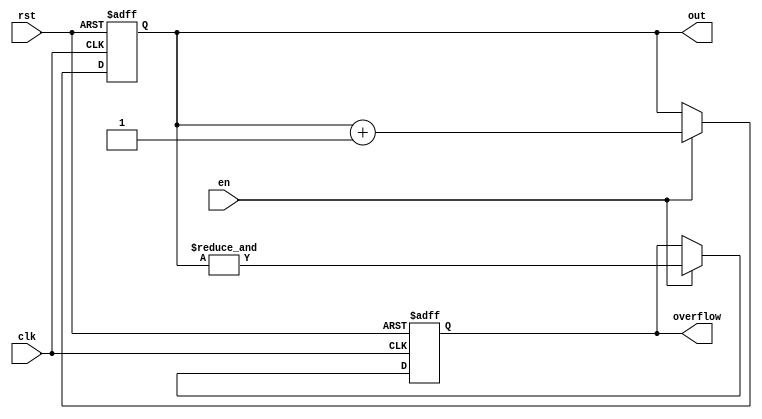
`timescale 1 ns / 100 ps



module counter #(
    //Top level block parameters
    parameter WIDTH = 4
) (
	out,
	clk,
    en,
	rst,
    overflow
);

   

//Output ports
output reg [WIDTH-1:0] out;
output reg          overflow;
   

//Input ports
input clk;
input rst;
input en;
   



always @(posedge clk or posedge rst) begin
  if (rst) begin
    out <= 0;
    overflow <= 0;
  end else if (en) begin
    out <= out + 1;
    //overflow <= (out == 2 ** WIDTH -1);  
    overflow <= &out;
     
  end
end
endmodule // counter



module counter_by2 #(
    //Top level block parameters
    parameter WIDTH = 4
) (
	out,
	clk,
    en,
	rst,
    overflow
);

   

//Output ports
output reg [WIDTH-1:0] out;
output reg          overflow;
   

//Input ports
input clk;
input rst;
input en;
   



always @(posedge clk or posedge rst) begin
  if (rst) begin
    out <= 0;
    overflow <= 0;
  end else if (en) begin
    out <= out + 2;
    //overflow <= (out == 2 ** WIDTH -1);  
    overflow <= (&out[WIDTH-1:1] & !out[0]);
     
  end
end
endmodule // counter_by2






module shift_reg_rotate_4b_full (                         
    clk,
	scan_in,
    wrap_mode,
    en,
    rst,
    shiftreg_out
);


   input    scan_in,wrap_mode,rst,en,clk;
   output  [15:0] shiftreg_out;
   

   reg [15:0]    shiftreg;

   wire          si_int;
   

   always @(posedge clk or posedge rst) begin
     if (rst) begin
       shiftreg <= 0;
     end else if (en) begin
       shiftreg <= {shiftreg[14:0],si_int};
     end
   end
   

   assign si_int = ((~wrap_mode) & (scan_in)) | ((wrap_mode) & (shiftreg[15]));
   assign shiftreg_out = shiftreg;
   

endmodule // shift_reg_rotate_4b_full




////module comparator2 (
////	y,
////	a,
////    b
////);
////
////   output       y;
////   input  [1:0] a,b;
////
////   assign y = (a[1] & ~b[1]) | (a[0] & ~b[1] & ~b[0]) | (a[1] & a[0] & ~b[0]);
////   
////
////endmodule // comparator2


module comp_1b (
	a,
    b,
    equal,
    a_larger
);

   output       equal,a_larger;
   input        a,b;

   assign equal    = (a  & b) | (~a & ~b);
   assign a_larger = (a  & ~b);
   

endmodule // comp_1b


              
module comp_2b (
	a_gt_b,
	a,
    b
);

   output       a_gt_b;
   input  [1:0] a,b;

   wire [1:0]   e,agt;

   comp_1b comp0(.a(a[0]),.b(b[0]),.equal(e[0]),.a_larger(agt[0]));
   comp_1b comp1(.a(a[1]),.b(b[1]),.equal(e[1]),.a_larger(agt[1]));

   assign a_gt_b = agt[1] | (agt[0] & e[1]);
   

endmodule // comp_2b



module comp_4b (
	a_gt_b,
	a,
    b
);

   output       a_gt_b;
   input  [3:0] a,b;

   wire [3:0]   e,agt;

   comp_1b comp0(.a(a[0]),.b(b[0]),.equal(e[0]),.a_larger(agt[0]));
   comp_1b comp1(.a(a[1]),.b(b[1]),.equal(e[1]),.a_larger(agt[1]));
   comp_1b comp2(.a(a[2]),.b(b[2]),.equal(e[2]),.a_larger(agt[2]));
   comp_1b comp3(.a(a[3]),.b(b[3]),.equal(e[3]),.a_larger(agt[3]));

   assign a_gt_b = agt[3] | (agt[2] & e[3]) | (agt[1] & e[3] & e[2]) | (agt[0] & e[3] & e[2] & e[1]);
   

endmodule // comp_4b


module comp_6b (
	a_gt_b,
	a,
    b
);

   output       a_gt_b;
   input  [5:0] a,b;

   wire [5:0]   e,agt;

   wire         e54,e53,e52,e51;
   

   comp_1b comp0(.a(a[0]),.b(b[0]),.equal(e[0]),.a_larger(agt[0]));
   comp_1b comp1(.a(a[1]),.b(b[1]),.equal(e[1]),.a_larger(agt[1]));
   comp_1b comp2(.a(a[2]),.b(b[2]),.equal(e[2]),.a_larger(agt[2]));
   comp_1b comp3(.a(a[3]),.b(b[3]),.equal(e[3]),.a_larger(agt[3]));
   comp_1b comp4(.a(a[4]),.b(b[4]),.equal(e[4]),.a_larger(agt[4]));
   comp_1b comp5(.a(a[5]),.b(b[5]),.equal(e[5]),.a_larger(agt[5]));

   assign e54 = e[5] & e[4];
   assign e53 = e54  & e[3];
   assign e52 = e53  & e[2];
   assign e51 = e52  & e[1];
   
   assign a_gt_b = agt[5] | (agt[4] & e[5]) | (agt[3] & e54) | (agt[2] & e53) | (agt[1] & e52) | (agt[0] & e51);
   

endmodule // comp_6b



module comp_8b (
	a_gt_b,
	a,
    b
);

   output       a_gt_b;
   input  [7:0] a,b;

   wire [7:0]   e,agt;

   wire         e76,e75,e74,e73,e72,e71;
   

   comp_1b comp0(.a(a[0]),.b(b[0]),.equal(e[0]),.a_larger(agt[0]));
   comp_1b comp1(.a(a[1]),.b(b[1]),.equal(e[1]),.a_larger(agt[1]));
   comp_1b comp2(.a(a[2]),.b(b[2]),.equal(e[2]),.a_larger(agt[2]));
   comp_1b comp3(.a(a[3]),.b(b[3]),.equal(e[3]),.a_larger(agt[3]));
   comp_1b comp4(.a(a[4]),.b(b[4]),.equal(e[4]),.a_larger(agt[4]));
   comp_1b comp5(.a(a[5]),.b(b[5]),.equal(e[5]),.a_larger(agt[5]));
   comp_1b comp6(.a(a[6]),.b(b[6]),.equal(e[6]),.a_larger(agt[6]));
   comp_1b comp7(.a(a[7]),.b(b[7]),.equal(e[7]),.a_larger(agt[7]));

   assign e76 = e[7] & e[6];
   assign e75 = e76  & e[5];
   assign e74 = e75  & e[4];
   assign e73 = e74  & e[3];
   assign e72 = e73  & e[2];
   assign e71 = e72  & e[1];
   
   assign a_gt_b = agt[7] | (agt[6] & e[7]) | (agt[5] & e76) | (agt[4] & e75) | (agt[3] & e74) | (agt[2] & e73) | (agt[1] & e72) | (agt[0] & e71);
   

endmodule // comp_8b

module comp_10b (
	a_gt_b,
	a,
    b
);

   output       a_gt_b;
   input  [9:0] a,b;

   wire [9:0]   e,agt;

   wire         e87,e86,e85,e84,e83,e82, e81;
   

   comp_1b comp0(.a(a[0]),.b(b[0]),.equal(e[0]),.a_larger(agt[0]));
   comp_1b comp1(.a(a[1]),.b(b[1]),.equal(e[1]),.a_larger(agt[1]));
   comp_1b comp2(.a(a[2]),.b(b[2]),.equal(e[2]),.a_larger(agt[2]));
   comp_1b comp3(.a(a[3]),.b(b[3]),.equal(e[3]),.a_larger(agt[3]));
   comp_1b comp4(.a(a[4]),.b(b[4]),.equal(e[4]),.a_larger(agt[4]));
   comp_1b comp5(.a(a[5]),.b(b[5]),.equal(e[5]),.a_larger(agt[5]));
   comp_1b comp6(.a(a[6]),.b(b[6]),.equal(e[6]),.a_larger(agt[6]));
   comp_1b comp7(.a(a[7]),.b(b[7]),.equal(e[7]),.a_larger(agt[7]));
   comp_1b comp8(.a(a[8]),.b(b[8]),.equal(e[8]),.a_larger(agt[8]));
   comp_1b comp9(.a(a[9]),.b(b[9]),.equal(e[9]),.a_larger(agt[9]));

   assign e98 = e[9] & e[8];
   assign e97 = e98  & e[7];
   assign e96 = e97  & e[6];
   assign e95 = e96  & e[5];
   assign e94 = e95  & e[4];
   assign e93 = e94  & e[3];
   assign e92 = e93  & e[2];
   assign e91 = e92  & e[1];
   
   
   assign a_gt_b = agt[9] | (agt[8] & e[9]) | (agt[7] & e98) | (agt[6] & e97) | (agt[5] & e96) | (agt[4] & e95) | (agt[3] & e94) | (agt[2] & e93) | (agt[1] & e92) | (agt[0] & e91);
   

endmodule // comp_10b


module prg_4b (
	clk,
    rst,
    en,
    bin_in,
    sn_out,
    ctr_overflow  
);

   input       clk,rst,en;
   input [3:0] bin_in;
   output      sn_out,ctr_overflow;

   wire [3:0]  ctr4_out;
   
   

counter #(
   .WIDTH (4)
) ctr4 (
  .clk(clk),
  .rst(rst),
  .en(en),
  .out(ctr4_out),
  .overflow(ctr_overflow)
);


comp_4b     comp4 (.a(bin_in), .b(ctr4_out), .a_gt_b(sn_out));

endmodule // prg_4b

module prg_6b (
	clk,
    rst,
    en,
    bin_in,
    sn_out,
    ctr_overflow  
);

   input       clk,rst,en;
   input [5:0] bin_in;
   output      sn_out,ctr_overflow;

   wire [5:0]  ctr4_out;
   
   

counter #(
   .WIDTH (6)
) ctr4 (
  .clk(clk),
  .rst(rst),
  .en(en),
  .out(ctr4_out),
  .overflow(ctr_overflow)
);


comp_6b     comp6 (.a(bin_in), .b(ctr4_out), .a_gt_b(sn_out));

endmodule // prg_6b

module prg_8b (
	clk,
    rst,
    en,
    bin_in,
    sn_out,
    ctr_overflow  
);

   input       clk,rst,en;
   input [7:0] bin_in;
   output      sn_out,ctr_overflow;

   wire [7:0]  ctr4_out;
   
   

counter #(
   .WIDTH (8)
) ctr4 (
  .clk(clk),
  .rst(rst),
  .en(en),
  .out(ctr4_out),
  .overflow(ctr_overflow)
);


comp_8b     comp8 (.a(bin_in), .b(ctr4_out), .a_gt_b(sn_out));

endmodule // prg_8b

module prg_10b (
	clk,
    rst,
    en,
    bin_in,
    sn_out,
    ctr_overflow  
);

   input       clk,rst,en;
   input [9:0] bin_in;
   output      sn_out,ctr_overflow;

   wire [9:0]  ctr4_out;
   
   

counter #(
   .WIDTH (10)
) ctr4 (
  .clk(clk),
  .rst(rst),
  .en(en),
  .out(ctr4_out),
  .overflow(ctr_overflow)
);


comp_10b     comp10 (.a(bin_in), .b(ctr4_out), .a_gt_b(sn_out));

endmodule // prg_10b



module prg_4b_dual (
	clk,
    rst,
    en,
    bin_in_a,
    bin_in_b,
    sn_out_a,
    sn_out_b,                
    ctr_overflow  
);

   input       clk,rst,en;
   input [3:0] bin_in_a,bin_in_b;
   output      sn_out_a,sn_out_b,ctr_overflow;

   wire [3:0]  ctr4_out;
   
   

counter #(
   .WIDTH (4)
) ctr4 (
  .clk(clk),
  .rst(rst),
  .en(en),
  .out(ctr4_out),
  .overflow(ctr_overflow)
);


comp_4b     comp4_a (.a(bin_in_a), .b(ctr4_out), .a_gt_b(sn_out_a));
comp_4b     comp4_b (.a(bin_in_b), .b(ctr4_out), .a_gt_b(sn_out_b));
   

endmodule // prg_4b_dual

module prg_4b_trip (
	clk,
    rst,
    en,
    bin_in_a,
    bin_in_b,
    bin_in_c,                
    sn_out_a,
    sn_out_b, 
    sn_out_c,               
    ctr_overflow  
);

   input       clk,rst,en;
   input [3:0] bin_in_a,bin_in_b,bin_in_c;
   output      sn_out_a,sn_out_b,sn_out_c,ctr_overflow;

   wire [3:0]  ctr4_out;
   
   

counter #(
   .WIDTH (4)
) ctr4 (
  .clk(clk),
  .rst(rst),
  .en(en),
  .out(ctr4_out),
  .overflow(ctr_overflow)
);


comp_4b     comp4_a (.a(bin_in_a), .b(ctr4_out), .a_gt_b(sn_out_a));
comp_4b     comp4_b (.a(bin_in_b), .b(ctr4_out), .a_gt_b(sn_out_b));
comp_4b     comp4_c (.a(bin_in_c), .b(ctr4_out), .a_gt_b(sn_out_c));
   
   

endmodule // prg_4b_trip

module prg_4b_quad (
	clk,
    rst,
    en,
    bin_in_a,
    bin_in_b,
    bin_in_c, 
    bin_in_d,
    sn_out_a,
    sn_out_b, 
    sn_out_c,  
    sn_out_d,             
    ctr_overflow  
);

   input       clk,rst,en;
   input [3:0] bin_in_a,bin_in_b,bin_in_c,bin_in_d;
   output      sn_out_a,sn_out_b,sn_out_c,sn_out_d,ctr_overflow;

   wire [3:0]  ctr4_out;
   
   

counter #(
   .WIDTH (4)
) ctr4 (
  .clk(clk),
  .rst(rst),
  .en(en),
  .out(ctr4_out),
  .overflow(ctr_overflow)
);


comp_4b     comp4_a (.a(bin_in_a), .b(ctr4_out), .a_gt_b(sn_out_a));
comp_4b     comp4_b (.a(bin_in_b), .b(ctr4_out), .a_gt_b(sn_out_b));
comp_4b     comp4_c (.a(bin_in_c), .b(ctr4_out), .a_gt_b(sn_out_c));
comp_4b     comp4_d (.a(bin_in_d), .b(ctr4_out), .a_gt_b(sn_out_d));
   
   

endmodule // prg_4b_quad

module prg_6b_quad (
	clk,
    rst,
    en,
    bin_in_a,
    bin_in_b,
    bin_in_c, 
    bin_in_d,
    sn_out_a,
    sn_out_b, 
    sn_out_c,  
    sn_out_d,             
    ctr_overflow  
);

   input       clk,rst,en;
   input [5:0] bin_in_a,bin_in_b,bin_in_c,bin_in_d;
   output      sn_out_a,sn_out_b,sn_out_c,sn_out_d,ctr_overflow;

   wire [5:0]  ctr4_out;
   
   

counter #(
   .WIDTH (6)
) ctr4 (
  .clk(clk),
  .rst(rst),
  .en(en),
  .out(ctr4_out),
  .overflow(ctr_overflow)
);


comp_6b     comp6_a (.a(bin_in_a), .b(ctr4_out), .a_gt_b(sn_out_a));
comp_6b     comp6_b (.a(bin_in_b), .b(ctr4_out), .a_gt_b(sn_out_b));
comp_6b     comp6_c (.a(bin_in_c), .b(ctr4_out), .a_gt_b(sn_out_c));
comp_6b     comp6_d (.a(bin_in_d), .b(ctr4_out), .a_gt_b(sn_out_d));
   
   

endmodule // prg_6b_quad


module prg_8b_quad (
	clk,
    rst,
    en,
    bin_in_a,
    bin_in_b,
    bin_in_c, 
    bin_in_d,
    sn_out_a,
    sn_out_b, 
    sn_out_c,  
    sn_out_d,             
    ctr_overflow  
);

   input       clk,rst,en;
   input [7:0] bin_in_a,bin_in_b,bin_in_c,bin_in_d;
   output      sn_out_a,sn_out_b,sn_out_c,sn_out_d,ctr_overflow;

   wire [7:0]  ctr4_out;
   
   

counter #(
   .WIDTH (8)
) ctr4 (
  .clk(clk),
  .rst(rst),
  .en(en),
  .out(ctr4_out),
  .overflow(ctr_overflow)
);


comp_8b     comp8_a (.a(bin_in_a), .b(ctr4_out), .a_gt_b(sn_out_a));
comp_8b     comp8_b (.a(bin_in_b), .b(ctr4_out), .a_gt_b(sn_out_b));
comp_8b     comp8_c (.a(bin_in_c), .b(ctr4_out), .a_gt_b(sn_out_c));
comp_8b     comp8_d (.a(bin_in_d), .b(ctr4_out), .a_gt_b(sn_out_d));
   
   

endmodule // prg_8b_quad


module prg_10b_quad (
	clk,
    rst,
    en,
    bin_in_a,
    bin_in_b,
    bin_in_c, 
    bin_in_d,
    sn_out_a,
    sn_out_b, 
    sn_out_c,  
    sn_out_d,             
    ctr_overflow  
);

   input       clk,rst,en;
   input [9:0] bin_in_a,bin_in_b,bin_in_c,bin_in_d;
   output      sn_out_a,sn_out_b,sn_out_c,sn_out_d,ctr_overflow;

   wire [9:0]  ctr4_out;
   
   

counter #(
   .WIDTH (10)
) ctr4 (
  .clk(clk),
  .rst(rst),
  .en(en),
  .out(ctr4_out),
  .overflow(ctr_overflow)
);


comp_10b     comp10_a (.a(bin_in_a), .b(ctr4_out), .a_gt_b(sn_out_a));
comp_10b     comp10_b (.a(bin_in_b), .b(ctr4_out), .a_gt_b(sn_out_b));
comp_10b     comp10_c (.a(bin_in_c), .b(ctr4_out), .a_gt_b(sn_out_c));
comp_10b     comp10_d (.a(bin_in_d), .b(ctr4_out), .a_gt_b(sn_out_d));
   
   

endmodule // prg_10b_quad


module prg_6b_trip (
	clk,
    rst,
    en,
    bin_in_a,
    bin_in_b,
    bin_in_c,                
    sn_out_a,
    sn_out_b, 
    sn_out_c,               
    ctr_overflow  
);

   input       clk,rst,en;
   input [5:0] bin_in_a,bin_in_b,bin_in_c;
   output      sn_out_a,sn_out_b,sn_out_c,ctr_overflow;

   wire [5:0]  ctr4_out;
   
   

counter #(
   .WIDTH (6)
) ctr4 (
  .clk(clk),
  .rst(rst),
  .en(en),
  .out(ctr4_out),
  .overflow(ctr_overflow)
);


comp_6b     comp6_a (.a(bin_in_a), .b(ctr4_out), .a_gt_b(sn_out_a));
comp_6b     comp6_b (.a(bin_in_b), .b(ctr4_out), .a_gt_b(sn_out_b));
comp_6b     comp6_c (.a(bin_in_c), .b(ctr4_out), .a_gt_b(sn_out_c));
   
   

endmodule // prg_6b_trip

module prg_8b_trip (
	clk,
    rst,
    en,
    bin_in_a,
    bin_in_b,
    bin_in_c,                
    sn_out_a,
    sn_out_b, 
    sn_out_c,               
    ctr_overflow  
);

   input       clk,rst,en;
   input [7:0] bin_in_a,bin_in_b,bin_in_c;
   output      sn_out_a,sn_out_b,sn_out_c,ctr_overflow;

   wire [7:0]  ctr4_out;
   
   

counter #(
   .WIDTH (8)
) ctr4 (
  .clk(clk),
  .rst(rst),
  .en(en),
  .out(ctr4_out),
  .overflow(ctr_overflow)
);


comp_8b     comp8_a (.a(bin_in_a), .b(ctr4_out), .a_gt_b(sn_out_a));
comp_8b     comp8_b (.a(bin_in_b), .b(ctr4_out), .a_gt_b(sn_out_b));
comp_8b     comp8_c (.a(bin_in_c), .b(ctr4_out), .a_gt_b(sn_out_c));
   
   

endmodule // prg_8b_trip

module prg_10b_trip (
	clk,
    rst,
    en,
    bin_in_a,
    bin_in_b,
    bin_in_c,                
    sn_out_a,
    sn_out_b, 
    sn_out_c,               
    ctr_overflow  
);

   input       clk,rst,en;
   input [9:0] bin_in_a,bin_in_b,bin_in_c;
   output      sn_out_a,sn_out_b,sn_out_c,ctr_overflow;

   wire [9:0]  ctr4_out;
   
   

counter #(
   .WIDTH (10)
) ctr4 (
  .clk(clk),
  .rst(rst),
  .en(en),
  .out(ctr4_out),
  .overflow(ctr_overflow)
);


comp_10b     comp10_a (.a(bin_in_a), .b(ctr4_out), .a_gt_b(sn_out_a));
comp_10b     comp10_b (.a(bin_in_b), .b(ctr4_out), .a_gt_b(sn_out_b));
comp_10b     comp10_c (.a(bin_in_c), .b(ctr4_out), .a_gt_b(sn_out_c));
   
   

endmodule // prg_10b_trip



module prg_6b_dual (
	clk,
    rst,
    en,
    bin_in_a,
    bin_in_b,
    sn_out_a,
    sn_out_b,                
    ctr_overflow  
);

   input       clk,rst,en;
   input [5:0] bin_in_a,bin_in_b;
   output      sn_out_a,sn_out_b,ctr_overflow;

   wire [5:0]  ctr4_out;
   
   

counter #(
   .WIDTH (6)
) ctr4 (
  .clk(clk),
  .rst(rst),
  .en(en),
  .out(ctr4_out),
  .overflow(ctr_overflow)
);


comp_6b     comp6_a (.a(bin_in_a), .b(ctr4_out), .a_gt_b(sn_out_a));
comp_6b     comp6_b (.a(bin_in_b), .b(ctr4_out), .a_gt_b(sn_out_b));
   

endmodule // prg_6b_dual

module prg_8b_dual (
	clk,
    rst,
    en,
    bin_in_a,
    bin_in_b,
    sn_out_a,
    sn_out_b,                
    ctr_overflow  
);

   input       clk,rst,en;
   input [7:0] bin_in_a,bin_in_b;
   output      sn_out_a,sn_out_b,ctr_overflow;

   wire [7:0]  ctr4_out;
   
   

counter #(
   .WIDTH (8)
) ctr4 (
  .clk(clk),
  .rst(rst),
  .en(en),
  .out(ctr4_out),
  .overflow(ctr_overflow)
);


comp_8b     comp8_a (.a(bin_in_a), .b(ctr4_out), .a_gt_b(sn_out_a));
comp_8b     comp8_b (.a(bin_in_b), .b(ctr4_out), .a_gt_b(sn_out_b));
   

endmodule // prg_8b_dual

module prg_10b_dual (
	clk,
    rst,
    en,
    bin_in_a,
    bin_in_b,
    sn_out_a,
    sn_out_b,                
    ctr_overflow  
);

   input       clk,rst,en;
   input [9:0] bin_in_a,bin_in_b;
   output      sn_out_a,sn_out_b,ctr_overflow;

   wire [9:0]  ctr4_out;
   
   

counter #(
   .WIDTH (10)
) ctr4 (
  .clk(clk),
  .rst(rst),
  .en(en),
  .out(ctr4_out),
  .overflow(ctr_overflow)
);


comp_10b     comp10_a (.a(bin_in_a), .b(ctr4_out), .a_gt_b(sn_out_a));
comp_10b     comp10_b (.a(bin_in_b), .b(ctr4_out), .a_gt_b(sn_out_b));
   

endmodule // prg_10b_dual



module prg_4b_max (
	clk,
    rst,
    en,
    bin_in_a,
    bin_in_b,
    sn_out,
    ctr_overflow  
);

   input       clk,rst,en;
   input [3:0] bin_in_a,bin_in_b;
   output      sn_out,ctr_overflow;

   wire        sn_out_a,sn_out_b;
   
   
   



prg_4b_dual     prg_ab (.clk(clk),.rst(rst),.en(en), 
                        .bin_in_a(bin_in_a),
                        .bin_in_b(bin_in_b),
                        .sn_out_a(sn_out_a),
                        .sn_out_b(sn_out_b),
                        .ctr_overflow(ctr_overflow));
   
dsc_max       max_gate (.a(sn_out_a), .b(sn_out_b), .y(sn_out));
   
  
endmodule // prg_4b_max

module prg_4b_3in_max (
	clk,
    rst,
    en,
    bin_in_a,
    bin_in_b,
    bin_in_c,                   
    sn_out,
    ctr_overflow  
);

   input       clk,rst,en;
   input [3:0] bin_in_a,bin_in_b,bin_in_c;
   output      sn_out,ctr_overflow;

   wire        sn_out_a,sn_out_b,sn_out_c;
   
   
   



prg_4b_trip     prg_ab (.clk(clk),.rst(rst),.en(en), 
                        .bin_in_a(bin_in_a),
                        .bin_in_b(bin_in_b),
                        .bin_in_c(bin_in_c),
                        .sn_out_a(sn_out_a),
                        .sn_out_b(sn_out_b),
                        .sn_out_c(sn_out_c),
                        .ctr_overflow(ctr_overflow));
   
//dsc_max       max_gate (.a(sn_out_a), .b(sn_out_b), .y(sn_out));
   assign sn_out = sn_out_a | sn_out_b | sn_out_c;
   
   
  
endmodule // prg_4b_3in_max

module prg_4b_4in_max (
	clk,
    rst,
    en,
    bin_in_a,
    bin_in_b,
    bin_in_c,
    bin_in_d,
    sn_out,
    ctr_overflow  
);

   input       clk,rst,en;
   input [3:0] bin_in_a,bin_in_b,bin_in_c,bin_in_d;
   output      sn_out,ctr_overflow;

   wire        sn_out_a,sn_out_b,sn_out_c,sn_out_d;
   
   
   



prg_4b_quad     prg_ab (.clk(clk),.rst(rst),.en(en), 
                        .bin_in_a(bin_in_a),
                        .bin_in_b(bin_in_b),
                        .bin_in_c(bin_in_c),
                        .bin_in_d(bin_in_d),
                        .sn_out_a(sn_out_a),
                        .sn_out_b(sn_out_b),
                        .sn_out_c(sn_out_c),
                        .sn_out_d(sn_out_d),
                        .ctr_overflow(ctr_overflow));
   
//dsc_max       max_gate (.a(sn_out_a), .b(sn_out_b), .y(sn_out));
   assign sn_out = sn_out_a | sn_out_b | sn_out_c | sn_out_d;
   
   
  
endmodule // prg_4b_4in_max


module prg_6b_4in_max (
	clk,
    rst,
    en,
    bin_in_a,
    bin_in_b,
    bin_in_c,
    bin_in_d,
    sn_out,
    ctr_overflow  
);

   input       clk,rst,en;
   input [5:0] bin_in_a,bin_in_b,bin_in_c,bin_in_d;
   output      sn_out,ctr_overflow;

   wire        sn_out_a,sn_out_b,sn_out_c,sn_out_d;
   
   
   



prg_6b_quad     prg_ab (.clk(clk),.rst(rst),.en(en), 
                        .bin_in_a(bin_in_a),
                        .bin_in_b(bin_in_b),
                        .bin_in_c(bin_in_c),
                        .bin_in_d(bin_in_d),
                        .sn_out_a(sn_out_a),
                        .sn_out_b(sn_out_b),
                        .sn_out_c(sn_out_c),
                        .sn_out_d(sn_out_d),
                        .ctr_overflow(ctr_overflow));
   
//dsc_max       max_gate (.a(sn_out_a), .b(sn_out_b), .y(sn_out));
   assign sn_out = sn_out_a | sn_out_b | sn_out_c | sn_out_d;
   
   
  
endmodule // prg_6b_4in_max

module prg_8b_4in_max (
	clk,
    rst,
    en,
    bin_in_a,
    bin_in_b,
    bin_in_c,
    bin_in_d,
    sn_out,
    ctr_overflow  
);

   input       clk,rst,en;
   input [7:0] bin_in_a,bin_in_b,bin_in_c,bin_in_d;
   output      sn_out,ctr_overflow;

   wire        sn_out_a,sn_out_b,sn_out_c,sn_out_d;
   
   
   



prg_8b_quad     prg_ab (.clk(clk),.rst(rst),.en(en), 
                        .bin_in_a(bin_in_a),
                        .bin_in_b(bin_in_b),
                        .bin_in_c(bin_in_c),
                        .bin_in_d(bin_in_d),
                        .sn_out_a(sn_out_a),
                        .sn_out_b(sn_out_b),
                        .sn_out_c(sn_out_c),
                        .sn_out_d(sn_out_d),
                        .ctr_overflow(ctr_overflow));
   
//dsc_max       max_gate (.a(sn_out_a), .b(sn_out_b), .y(sn_out));
   assign sn_out = sn_out_a | sn_out_b | sn_out_c | sn_out_d;
   
   
  
endmodule // prg_8b_4in_max

module prg_10b_4in_max (
	clk,
    rst,
    en,
    bin_in_a,
    bin_in_b,
    bin_in_c,
    bin_in_d,
    sn_out,
    ctr_overflow  
);

   input       clk,rst,en;
   input [9:0] bin_in_a,bin_in_b,bin_in_c,bin_in_d;
   output      sn_out,ctr_overflow;

   wire        sn_out_a,sn_out_b,sn_out_c,sn_out_d;
   
   
   



prg_10b_quad     prg_ab (.clk(clk),.rst(rst),.en(en), 
                        .bin_in_a(bin_in_a),
                        .bin_in_b(bin_in_b),
                        .bin_in_c(bin_in_c),
                        .bin_in_d(bin_in_d),
                        .sn_out_a(sn_out_a),
                        .sn_out_b(sn_out_b),
                        .sn_out_c(sn_out_c),
                        .sn_out_d(sn_out_d),
                        .ctr_overflow(ctr_overflow));
   
//dsc_max       max_gate (.a(sn_out_a), .b(sn_out_b), .y(sn_out));
   assign sn_out = sn_out_a | sn_out_b | sn_out_c | sn_out_d;
   
   
  
endmodule // prg_10b_4in_max


module prg_6b_3in_max (
	clk,
    rst,
    en,
    bin_in_a,
    bin_in_b,
    bin_in_c,                   
    sn_out,
    ctr_overflow  
);

   input       clk,rst,en;
   input [5:0] bin_in_a,bin_in_b,bin_in_c;
   output      sn_out,ctr_overflow;

   wire        sn_out_a,sn_out_b,sn_out_c;
   
   
   



prg_6b_trip     prg_ab (.clk(clk),.rst(rst),.en(en), 
                        .bin_in_a(bin_in_a),
                        .bin_in_b(bin_in_b),
                        .bin_in_c(bin_in_c),
                        .sn_out_a(sn_out_a),
                        .sn_out_b(sn_out_b),
                        .sn_out_c(sn_out_c),
                        .ctr_overflow(ctr_overflow));
   
//dsc_max       max_gate (.a(sn_out_a), .b(sn_out_b), .y(sn_out));
   assign sn_out = sn_out_a | sn_out_b | sn_out_c;
   
   
  
endmodule // prg_6b_3in_max

module prg_8b_3in_max (
	clk,
    rst,
    en,
    bin_in_a,
    bin_in_b,
    bin_in_c,                   
    sn_out,
    ctr_overflow  
);

   input       clk,rst,en;
   input [7:0] bin_in_a,bin_in_b,bin_in_c;
   output      sn_out,ctr_overflow;

   wire        sn_out_a,sn_out_b,sn_out_c;
   
   
   



prg_8b_trip     prg_ab (.clk(clk),.rst(rst),.en(en), 
                        .bin_in_a(bin_in_a),
                        .bin_in_b(bin_in_b),
                        .bin_in_c(bin_in_c),
                        .sn_out_a(sn_out_a),
                        .sn_out_b(sn_out_b),
                        .sn_out_c(sn_out_c),
                        .ctr_overflow(ctr_overflow));
   
//dsc_max       max_gate (.a(sn_out_a), .b(sn_out_b), .y(sn_out));
   assign sn_out = sn_out_a | sn_out_b | sn_out_c;
   
   
  
endmodule // prg_8b_3in_max

module prg_10b_3in_max (
	clk,
    rst,
    en,
    bin_in_a,
    bin_in_b,
    bin_in_c,                   
    sn_out,
    ctr_overflow  
);

   input       clk,rst,en;
   input [9:0] bin_in_a,bin_in_b,bin_in_c;
   output      sn_out,ctr_overflow;

   wire        sn_out_a,sn_out_b,sn_out_c;
   
   
   



prg_10b_trip     prg_ab (.clk(clk),.rst(rst),.en(en), 
                        .bin_in_a(bin_in_a),
                        .bin_in_b(bin_in_b),
                        .bin_in_c(bin_in_c),
                        .sn_out_a(sn_out_a),
                        .sn_out_b(sn_out_b),
                        .sn_out_c(sn_out_c),
                        .ctr_overflow(ctr_overflow));
   
//dsc_max       max_gate (.a(sn_out_a), .b(sn_out_b), .y(sn_out));
   assign sn_out = sn_out_a | sn_out_b | sn_out_c;
   
   
  
endmodule // prg_10b_3in_max


module prg_6b_max (
	clk,
    rst,
    en,
    bin_in_a,
    bin_in_b,
    sn_out,
    ctr_overflow  
);

   input       clk,rst,en;
   input [5:0] bin_in_a,bin_in_b;
   output      sn_out,ctr_overflow;

   wire        sn_out_a,sn_out_b;
   
   
   



prg_6b_dual     prg_ab (.clk(clk),.rst(rst),.en(en), 
                        .bin_in_a(bin_in_a),
                        .bin_in_b(bin_in_b),
                        .sn_out_a(sn_out_a),
                        .sn_out_b(sn_out_b),
                        .ctr_overflow(ctr_overflow));
   
//dsc_max       max_gate (.a(sn_out_a), .b(sn_out_b), .y(sn_out));
   assign sn_out = sn_out_a | sn_out_b;
   
   
  
endmodule // prg_6b_max

module prg_8b_max (
	clk,
    rst,
    en,
    bin_in_a,
    bin_in_b,
    sn_out,
    ctr_overflow  
);

   input       clk,rst,en;
   input [7:0] bin_in_a,bin_in_b;
   output      sn_out,ctr_overflow;

   wire        sn_out_a,sn_out_b;
   
   
   



prg_8b_dual     prg_ab (.clk(clk),.rst(rst),.en(en), 
                        .bin_in_a(bin_in_a),
                        .bin_in_b(bin_in_b),
                        .sn_out_a(sn_out_a),
                        .sn_out_b(sn_out_b),
                        .ctr_overflow(ctr_overflow));
   
//dsc_max       max_gate (.a(sn_out_a), .b(sn_out_b), .y(sn_out));
   assign sn_out = sn_out_a | sn_out_b;
   
   
  
endmodule // prg_8b_max

module prg_10b_max (
	clk,
    rst,
    en,
    bin_in_a,
    bin_in_b,
    sn_out,
    ctr_overflow  
);

   input       clk,rst,en;
   input [9:0] bin_in_a,bin_in_b;
   output      sn_out,ctr_overflow;

   wire        sn_out_a,sn_out_b;
   
   
   



prg_10b_dual     prg_ab (.clk(clk),.rst(rst),.en(en), 
                        .bin_in_a(bin_in_a),
                        .bin_in_b(bin_in_b),
                        .sn_out_a(sn_out_a),
                        .sn_out_b(sn_out_b),
                        .ctr_overflow(ctr_overflow));
   
//dsc_max       max_gate (.a(sn_out_a), .b(sn_out_b), .y(sn_out));
   assign sn_out = sn_out_a | sn_out_b;
   
   
  
endmodule // prg_10b_max


module prg_4b_min (
	clk,
    rst,
    en,
    bin_in_a,
    bin_in_b,
    sn_out,
    ctr_overflow  
);

   input       clk,rst,en;
   input [3:0] bin_in_a,bin_in_b;
   output      sn_out,ctr_overflow;

   wire        sn_out_a,sn_out_b;
   
   
   



prg_4b_dual     prg_ab (.clk(clk),.rst(rst),.en(en), 
                        .bin_in_a(bin_in_a),
                        .bin_in_b(bin_in_b),
                        .sn_out_a(sn_out_a),
                        .sn_out_b(sn_out_b),
                        .ctr_overflow(ctr_overflow));
   
dsc_min       min_gate (.a(sn_out_a), .b(sn_out_b), .y(sn_out));
   
   

endmodule // prg_4b_min

module prg_4b_3in_min (
	clk,
    rst,
    en,
    bin_in_a,
    bin_in_b,
    bin_in_c,                   
    sn_out,
    ctr_overflow  
);

   input       clk,rst,en;
   input [3:0] bin_in_a,bin_in_b,bin_in_c;
   output      sn_out,ctr_overflow;

   wire        sn_out_a,sn_out_b,sn_out_c;
   
   
   



prg_4b_trip     prg_ab (.clk(clk),.rst(rst),.en(en), 
                        .bin_in_a(bin_in_a),
                        .bin_in_b(bin_in_b),
                        .bin_in_c(bin_in_c),
                        .sn_out_a(sn_out_a),
                        .sn_out_b(sn_out_b),
                        .sn_out_c(sn_out_c),
                        .ctr_overflow(ctr_overflow));
   
//dsc_max       max_gate (.a(sn_out_a), .b(sn_out_b), .y(sn_out));
   assign sn_out = sn_out_a & sn_out_b & sn_out_c;
   
   
  
endmodule // prg_4b_3in_min


module prg_4b_4in_min (
	clk,
    rst,
    en,
    bin_in_a,
    bin_in_b,
    bin_in_c,
    bin_in_d,
    sn_out,
    ctr_overflow  
);

   input       clk,rst,en;
   input [3:0] bin_in_a,bin_in_b,bin_in_c,bin_in_d;
   output      sn_out,ctr_overflow;

   wire        sn_out_a,sn_out_b,sn_out_c,sn_out_d;
   
   
   



prg_4b_quad     prg_ab (.clk(clk),.rst(rst),.en(en), 
                        .bin_in_a(bin_in_a),
                        .bin_in_b(bin_in_b),
                        .bin_in_c(bin_in_c),
                        .bin_in_d(bin_in_d),
                        .sn_out_a(sn_out_a),
                        .sn_out_b(sn_out_b),
                        .sn_out_c(sn_out_c),
                        .sn_out_d(sn_out_d),
                        .ctr_overflow(ctr_overflow));
   
//dsc_max       max_gate (.a(sn_out_a), .b(sn_out_b), .y(sn_out));
   assign sn_out = sn_out_a & sn_out_b & sn_out_c & sn_out_d;
   
   
  
endmodule // prg_4b_4in_min

module prg_6b_4in_min (
	clk,
    rst,
    en,
    bin_in_a,
    bin_in_b,
    bin_in_c,
    bin_in_d,
    sn_out,
    ctr_overflow  
);

   input       clk,rst,en;
   input [5:0] bin_in_a,bin_in_b,bin_in_c,bin_in_d;
   output      sn_out,ctr_overflow;

   wire        sn_out_a,sn_out_b,sn_out_c,sn_out_d;
   
   
   



prg_6b_quad     prg_ab (.clk(clk),.rst(rst),.en(en), 
                        .bin_in_a(bin_in_a),
                        .bin_in_b(bin_in_b),
                        .bin_in_c(bin_in_c),
                        .bin_in_d(bin_in_d),
                        .sn_out_a(sn_out_a),
                        .sn_out_b(sn_out_b),
                        .sn_out_c(sn_out_c),
                        .sn_out_d(sn_out_d),
                        .ctr_overflow(ctr_overflow));
   
//dsc_max       max_gate (.a(sn_out_a), .b(sn_out_b), .y(sn_out));
   assign sn_out = sn_out_a & sn_out_b & sn_out_c & sn_out_d;
   
   
  
endmodule // prg_6b_4in_min

module prg_8b_4in_min (
	clk,
    rst,
    en,
    bin_in_a,
    bin_in_b,
    bin_in_c,
    bin_in_d,
    sn_out,
    ctr_overflow  
);

   input       clk,rst,en;
   input [7:0] bin_in_a,bin_in_b,bin_in_c,bin_in_d;
   output      sn_out,ctr_overflow;

   wire        sn_out_a,sn_out_b,sn_out_c,sn_out_d;
   
   
   



prg_8b_quad     prg_ab (.clk(clk),.rst(rst),.en(en), 
                        .bin_in_a(bin_in_a),
                        .bin_in_b(bin_in_b),
                        .bin_in_c(bin_in_c),
                        .bin_in_d(bin_in_d),
                        .sn_out_a(sn_out_a),
                        .sn_out_b(sn_out_b),
                        .sn_out_c(sn_out_c),
                        .sn_out_d(sn_out_d),
                        .ctr_overflow(ctr_overflow));
   
//dsc_max       max_gate (.a(sn_out_a), .b(sn_out_b), .y(sn_out));
   assign sn_out = sn_out_a & sn_out_b & sn_out_c & sn_out_d;
   
   
  
endmodule // prg_8b_4in_min

module prg_10b_4in_min (
	clk,
    rst,
    en,
    bin_in_a,
    bin_in_b,
    bin_in_c,
    bin_in_d,
    sn_out,
    ctr_overflow  
);

   input       clk,rst,en;
   input [9:0] bin_in_a,bin_in_b,bin_in_c,bin_in_d;
   output      sn_out,ctr_overflow;

   wire        sn_out_a,sn_out_b,sn_out_c,sn_out_d;
   
   
   



prg_10b_quad     prg_ab (.clk(clk),.rst(rst),.en(en), 
                        .bin_in_a(bin_in_a),
                        .bin_in_b(bin_in_b),
                        .bin_in_c(bin_in_c),
                        .bin_in_d(bin_in_d),
                        .sn_out_a(sn_out_a),
                        .sn_out_b(sn_out_b),
                        .sn_out_c(sn_out_c),
                        .sn_out_d(sn_out_d),
                        .ctr_overflow(ctr_overflow));
   
//dsc_max       max_gate (.a(sn_out_a), .b(sn_out_b), .y(sn_out));
   assign sn_out = sn_out_a & sn_out_b & sn_out_c & sn_out_d;
   
   
  
endmodule // prg_10b_4in_min


module prg_6b_3in_min (
	clk,
    rst,
    en,
    bin_in_a,
    bin_in_b,
    bin_in_c,                   
    sn_out,
    ctr_overflow  
);

   input       clk,rst,en;
   input [5:0] bin_in_a,bin_in_b,bin_in_c;
   output      sn_out,ctr_overflow;

   wire        sn_out_a,sn_out_b,sn_out_c;
   
   
   



prg_6b_trip     prg_ab (.clk(clk),.rst(rst),.en(en), 
                        .bin_in_a(bin_in_a),
                        .bin_in_b(bin_in_b),
                        .bin_in_c(bin_in_c),
                        .sn_out_a(sn_out_a),
                        .sn_out_b(sn_out_b),
                        .sn_out_c(sn_out_c),
                        .ctr_overflow(ctr_overflow));
   
//dsc_max       max_gate (.a(sn_out_a), .b(sn_out_b), .y(sn_out));
   assign sn_out = sn_out_a & sn_out_b & sn_out_c;
   
   
  
endmodule // prg_6b_3in_min

module prg_8b_3in_min (
	clk,
    rst,
    en,
    bin_in_a,
    bin_in_b,
    bin_in_c,                   
    sn_out,
    ctr_overflow  
);

   input       clk,rst,en;
   input [7:0] bin_in_a,bin_in_b,bin_in_c;
   output      sn_out,ctr_overflow;

   wire        sn_out_a,sn_out_b,sn_out_c;
   
   
   



prg_8b_trip     prg_ab (.clk(clk),.rst(rst),.en(en), 
                        .bin_in_a(bin_in_a),
                        .bin_in_b(bin_in_b),
                        .bin_in_c(bin_in_c),
                        .sn_out_a(sn_out_a),
                        .sn_out_b(sn_out_b),
                        .sn_out_c(sn_out_c),
                        .ctr_overflow(ctr_overflow));
   
//dsc_max       max_gate (.a(sn_out_a), .b(sn_out_b), .y(sn_out));
   assign sn_out = sn_out_a & sn_out_b & sn_out_c;
   
   
  
endmodule // prg_8b_3in_min

module prg_10b_3in_min (
	clk,
    rst,
    en,
    bin_in_a,
    bin_in_b,
    bin_in_c,                   
    sn_out,
    ctr_overflow  
);

   input       clk,rst,en;
   input [9:0] bin_in_a,bin_in_b,bin_in_c;
   output      sn_out,ctr_overflow;

   wire        sn_out_a,sn_out_b,sn_out_c;
   
   
   



prg_10b_trip     prg_ab (.clk(clk),.rst(rst),.en(en), 
                        .bin_in_a(bin_in_a),
                        .bin_in_b(bin_in_b),
                        .bin_in_c(bin_in_c),
                        .sn_out_a(sn_out_a),
                        .sn_out_b(sn_out_b),
                        .sn_out_c(sn_out_c),
                        .ctr_overflow(ctr_overflow));
   
//dsc_max       max_gate (.a(sn_out_a), .b(sn_out_b), .y(sn_out));
   assign sn_out = sn_out_a & sn_out_b & sn_out_c;
   
   
  
endmodule // prg_10b_3in_min


module prg_4b_3in_mid (
	clk,
    rst,
    en,
    bin_in_a,
    bin_in_b,
    bin_in_c,                   
    sn_out,
    ctr_overflow  
);

   input       clk,rst,en;
   input [3:0] bin_in_a,bin_in_b,bin_in_c;
   output      sn_out,ctr_overflow;

   wire        sn_out_a,sn_out_b,sn_out_c;
   
   
   



prg_4b_trip     prg_ab (.clk(clk),.rst(rst),.en(en), 
                        .bin_in_a(bin_in_a),
                        .bin_in_b(bin_in_b),
                        .bin_in_c(bin_in_c),
                        .sn_out_a(sn_out_a),
                        .sn_out_b(sn_out_b),
                        .sn_out_c(sn_out_c),
                        .ctr_overflow(ctr_overflow));
   
//dsc_max       max_gate (.a(sn_out_a), .b(sn_out_b), .y(sn_out));
   assign sn_out = (sn_out_a | sn_out_b) & ((sn_out_a & sn_out_b) | sn_out_c);
   
   
   
  
endmodule // prg_4b_3in_mid

module prg_6b_3in_mid (
	clk,
    rst,
    en,
    bin_in_a,
    bin_in_b,
    bin_in_c,                   
    sn_out,
    ctr_overflow  
);

   input       clk,rst,en;
   input [5:0] bin_in_a,bin_in_b,bin_in_c;
   output      sn_out,ctr_overflow;

   wire        sn_out_a,sn_out_b,sn_out_c;
   
   
   



prg_6b_trip     prg_ab (.clk(clk),.rst(rst),.en(en), 
                        .bin_in_a(bin_in_a),
                        .bin_in_b(bin_in_b),
                        .bin_in_c(bin_in_c),
                        .sn_out_a(sn_out_a),
                        .sn_out_b(sn_out_b),
                        .sn_out_c(sn_out_c),
                        .ctr_overflow(ctr_overflow));
   
//dsc_max       max_gate (.a(sn_out_a), .b(sn_out_b), .y(sn_out));
   assign sn_out = (sn_out_a | sn_out_b) & ((sn_out_a & sn_out_b) | sn_out_c);
   
   
   
  
endmodule // prg_6b_3in_mid

module prg_8b_3in_mid (
	clk,
    rst,
    en,
    bin_in_a,
    bin_in_b,
    bin_in_c,                   
    sn_out,
    ctr_overflow  
);

   input       clk,rst,en;
   input [7:0] bin_in_a,bin_in_b,bin_in_c;
   output      sn_out,ctr_overflow;

   wire        sn_out_a,sn_out_b,sn_out_c;
   
   
   



prg_8b_trip     prg_ab (.clk(clk),.rst(rst),.en(en), 
                        .bin_in_a(bin_in_a),
                        .bin_in_b(bin_in_b),
                        .bin_in_c(bin_in_c),
                        .sn_out_a(sn_out_a),
                        .sn_out_b(sn_out_b),
                        .sn_out_c(sn_out_c),
                        .ctr_overflow(ctr_overflow));
   
//dsc_max       max_gate (.a(sn_out_a), .b(sn_out_b), .y(sn_out));
   assign sn_out = (sn_out_a | sn_out_b) & ((sn_out_a & sn_out_b) | sn_out_c);
   
   
   
  
endmodule // prg_8b_3in_mid

module prg_10b_3in_mid (
	clk,
    rst,
    en,
    bin_in_a,
    bin_in_b,
    bin_in_c,                   
    sn_out,
    ctr_overflow  
);

   input       clk,rst,en;
   input [9:0] bin_in_a,bin_in_b,bin_in_c;
   output      sn_out,ctr_overflow;

   wire        sn_out_a,sn_out_b,sn_out_c;
   
   
   



prg_10b_trip     prg_ab (.clk(clk),.rst(rst),.en(en), 
                        .bin_in_a(bin_in_a),
                        .bin_in_b(bin_in_b),
                        .bin_in_c(bin_in_c),
                        .sn_out_a(sn_out_a),
                        .sn_out_b(sn_out_b),
                        .sn_out_c(sn_out_c),
                        .ctr_overflow(ctr_overflow));
   
//dsc_max       max_gate (.a(sn_out_a), .b(sn_out_b), .y(sn_out));
   assign sn_out = (sn_out_a | sn_out_b) & ((sn_out_a & sn_out_b) | sn_out_c);
   
   
   
  
endmodule // prg_10b_3in_mid

module prg_4b_4in_lowmid (
	clk,
    rst,
    en,
    bin_in_a,
    bin_in_b,
    bin_in_c,
    bin_in_d,
    sn_out,
    ctr_overflow  
);

   input       clk,rst,en;
   input [3:0] bin_in_a,bin_in_b,bin_in_c,bin_in_d;
   output      sn_out,ctr_overflow;

   wire        sn_out_a,sn_out_b,sn_out_c,sn_out_d;
   
   
   



prg_4b_quad     prg_ab (.clk(clk),.rst(rst),.en(en), 
                        .bin_in_a(bin_in_a),
                        .bin_in_b(bin_in_b),
                        .bin_in_c(bin_in_c),
                        .bin_in_d(bin_in_d),
                        .sn_out_a(sn_out_a),
                        .sn_out_b(sn_out_b),
                        .sn_out_c(sn_out_c),
                        .sn_out_d(sn_out_d),
                        .ctr_overflow(ctr_overflow));
   
//dsc_max       max_gate (.a(sn_out_a), .b(sn_out_b), .y(sn_out));
   assign sn_out = ((sn_out_a | sn_out_b) & (sn_out_c | sn_out_d))  |  ((sn_out_a & sn_out_b) | (sn_out_c & sn_out_d));
   
   
  
endmodule // prg_4b_4in_lowmid

module prg_6b_4in_lowmid (
	clk,
    rst,
    en,
    bin_in_a,
    bin_in_b,
    bin_in_c,
    bin_in_d,
    sn_out,
    ctr_overflow  
);

   input       clk,rst,en;
   input [5:0] bin_in_a,bin_in_b,bin_in_c,bin_in_d;
   output      sn_out,ctr_overflow;

   wire        sn_out_a,sn_out_b,sn_out_c,sn_out_d;
   
   
   



prg_6b_quad     prg_ab (.clk(clk),.rst(rst),.en(en), 
                        .bin_in_a(bin_in_a),
                        .bin_in_b(bin_in_b),
                        .bin_in_c(bin_in_c),
                        .bin_in_d(bin_in_d),
                        .sn_out_a(sn_out_a),
                        .sn_out_b(sn_out_b),
                        .sn_out_c(sn_out_c),
                        .sn_out_d(sn_out_d),
                        .ctr_overflow(ctr_overflow));
   
//dsc_max       max_gate (.a(sn_out_a), .b(sn_out_b), .y(sn_out));
   assign sn_out = ((sn_out_a | sn_out_b) & (sn_out_c | sn_out_d))  |  ((sn_out_a & sn_out_b) | (sn_out_c & sn_out_d));
   
   
  
endmodule // prg_6b_4in_lowmid

module prg_8b_4in_lowmid (
	clk,
    rst,
    en,
    bin_in_a,
    bin_in_b,
    bin_in_c,
    bin_in_d,
    sn_out,
    ctr_overflow  
);

   input       clk,rst,en;
   input [7:0] bin_in_a,bin_in_b,bin_in_c,bin_in_d;
   output      sn_out,ctr_overflow;

   wire        sn_out_a,sn_out_b,sn_out_c,sn_out_d;
   
   
   



prg_8b_quad     prg_ab (.clk(clk),.rst(rst),.en(en), 
                        .bin_in_a(bin_in_a),
                        .bin_in_b(bin_in_b),
                        .bin_in_c(bin_in_c),
                        .bin_in_d(bin_in_d),
                        .sn_out_a(sn_out_a),
                        .sn_out_b(sn_out_b),
                        .sn_out_c(sn_out_c),
                        .sn_out_d(sn_out_d),
                        .ctr_overflow(ctr_overflow));
   
//dsc_max       max_gate (.a(sn_out_a), .b(sn_out_b), .y(sn_out));
   assign sn_out = ((sn_out_a | sn_out_b) & (sn_out_c | sn_out_d))  |  ((sn_out_a & sn_out_b) | (sn_out_c & sn_out_d));
   
   
  
endmodule // prg_8b_4in_lowmid

module prg_10b_4in_lowmid (
	clk,
    rst,
    en,
    bin_in_a,
    bin_in_b,
    bin_in_c,
    bin_in_d,
    sn_out,
    ctr_overflow  
);

   input       clk,rst,en;
   input [9:0] bin_in_a,bin_in_b,bin_in_c,bin_in_d;
   output      sn_out,ctr_overflow;

   wire        sn_out_a,sn_out_b,sn_out_c,sn_out_d;
   
   
   



prg_10b_quad     prg_ab (.clk(clk),.rst(rst),.en(en), 
                        .bin_in_a(bin_in_a),
                        .bin_in_b(bin_in_b),
                        .bin_in_c(bin_in_c),
                        .bin_in_d(bin_in_d),
                        .sn_out_a(sn_out_a),
                        .sn_out_b(sn_out_b),
                        .sn_out_c(sn_out_c),
                        .sn_out_d(sn_out_d),
                        .ctr_overflow(ctr_overflow));
   
//dsc_max       max_gate (.a(sn_out_a), .b(sn_out_b), .y(sn_out));
   assign sn_out = ((sn_out_a | sn_out_b) & (sn_out_c | sn_out_d))  |  ((sn_out_a & sn_out_b) | (sn_out_c & sn_out_d));
   
   
  
endmodule // prg_10b_4in_lowmid


module prg_4b_4in_highmid (
	clk,
    rst,
    en,
    bin_in_a,
    bin_in_b,
    bin_in_c,
    bin_in_d,
    sn_out,
    ctr_overflow  
);

   input       clk,rst,en;
   input [3:0] bin_in_a,bin_in_b,bin_in_c,bin_in_d;
   output      sn_out,ctr_overflow;

   wire        sn_out_a,sn_out_b,sn_out_c,sn_out_d;
   
   
   



prg_4b_quad     prg_ab (.clk(clk),.rst(rst),.en(en), 
                        .bin_in_a(bin_in_a),
                        .bin_in_b(bin_in_b),
                        .bin_in_c(bin_in_c),
                        .bin_in_d(bin_in_d),
                        .sn_out_a(sn_out_a),
                        .sn_out_b(sn_out_b),
                        .sn_out_c(sn_out_c),
                        .sn_out_d(sn_out_d),
                        .ctr_overflow(ctr_overflow));
   
//dsc_max       max_gate (.a(sn_out_a), .b(sn_out_b), .y(sn_out));
   assign sn_out = ((sn_out_a | sn_out_b) & (sn_out_c | sn_out_d))  &  ((sn_out_a & sn_out_b) | (sn_out_c & sn_out_d));
   
   
  
endmodule // prg_4b_4in_highmid

module prg_6b_4in_highmid (
	clk,
    rst,
    en,
    bin_in_a,
    bin_in_b,
    bin_in_c,
    bin_in_d,
    sn_out,
    ctr_overflow  
);

   input       clk,rst,en;
   input [5:0] bin_in_a,bin_in_b,bin_in_c,bin_in_d;
   output      sn_out,ctr_overflow;

   wire        sn_out_a,sn_out_b,sn_out_c,sn_out_d;
   
   
   



prg_6b_quad     prg_ab (.clk(clk),.rst(rst),.en(en), 
                        .bin_in_a(bin_in_a),
                        .bin_in_b(bin_in_b),
                        .bin_in_c(bin_in_c),
                        .bin_in_d(bin_in_d),
                        .sn_out_a(sn_out_a),
                        .sn_out_b(sn_out_b),
                        .sn_out_c(sn_out_c),
                        .sn_out_d(sn_out_d),
                        .ctr_overflow(ctr_overflow));
   
//dsc_max       max_gate (.a(sn_out_a), .b(sn_out_b), .y(sn_out));
   assign sn_out = ((sn_out_a | sn_out_b) & (sn_out_c | sn_out_d))  &  ((sn_out_a & sn_out_b) | (sn_out_c & sn_out_d));
   
   
  
endmodule // prg_6b_4in_highmid

module prg_8b_4in_highmid (
	clk,
    rst,
    en,
    bin_in_a,
    bin_in_b,
    bin_in_c,
    bin_in_d,
    sn_out,
    ctr_overflow  
);

   input       clk,rst,en;
   input [7:0] bin_in_a,bin_in_b,bin_in_c,bin_in_d;
   output      sn_out,ctr_overflow;

   wire        sn_out_a,sn_out_b,sn_out_c,sn_out_d;
   
   
   



prg_8b_quad     prg_ab (.clk(clk),.rst(rst),.en(en), 
                        .bin_in_a(bin_in_a),
                        .bin_in_b(bin_in_b),
                        .bin_in_c(bin_in_c),
                        .bin_in_d(bin_in_d),
                        .sn_out_a(sn_out_a),
                        .sn_out_b(sn_out_b),
                        .sn_out_c(sn_out_c),
                        .sn_out_d(sn_out_d),
                        .ctr_overflow(ctr_overflow));
   
//dsc_max       max_gate (.a(sn_out_a), .b(sn_out_b), .y(sn_out));
   assign sn_out = ((sn_out_a | sn_out_b) & (sn_out_c | sn_out_d))  &  ((sn_out_a & sn_out_b) | (sn_out_c & sn_out_d));
   
   
  
endmodule // prg_8b_4in_highmid

module prg_10b_4in_highmid (
	clk,
    rst,
    en,
    bin_in_a,
    bin_in_b,
    bin_in_c,
    bin_in_d,
    sn_out,
    ctr_overflow  
);

   input       clk,rst,en;
   input [9:0] bin_in_a,bin_in_b,bin_in_c,bin_in_d;
   output      sn_out,ctr_overflow;

   wire        sn_out_a,sn_out_b,sn_out_c,sn_out_d;
   
   
   



prg_10b_quad     prg_ab (.clk(clk),.rst(rst),.en(en), 
                        .bin_in_a(bin_in_a),
                        .bin_in_b(bin_in_b),
                        .bin_in_c(bin_in_c),
                        .bin_in_d(bin_in_d),
                        .sn_out_a(sn_out_a),
                        .sn_out_b(sn_out_b),
                        .sn_out_c(sn_out_c),
                        .sn_out_d(sn_out_d),
                        .ctr_overflow(ctr_overflow));
   
//dsc_max       max_gate (.a(sn_out_a), .b(sn_out_b), .y(sn_out));
   assign sn_out = ((sn_out_a | sn_out_b) & (sn_out_c | sn_out_d))  &  ((sn_out_a & sn_out_b) | (sn_out_c & sn_out_d));
   
   
  
endmodule // prg_10b_4in_highmid


module prg_6b_min (
	clk,
    rst,
    en,
    bin_in_a,
    bin_in_b,
    sn_out,
    ctr_overflow  
);

   input       clk,rst,en;
   input [5:0] bin_in_a,bin_in_b;
   output      sn_out,ctr_overflow;

   wire        sn_out_a,sn_out_b;
   
   
   



prg_6b_dual     prg_ab (.clk(clk),.rst(rst),.en(en), 
                        .bin_in_a(bin_in_a),
                        .bin_in_b(bin_in_b),
                        .sn_out_a(sn_out_a),
                        .sn_out_b(sn_out_b),
                        .ctr_overflow(ctr_overflow));
   
//dsc_min       min_gate (.a(sn_out_a), .b(sn_out_b), .y(sn_out));
   assign sn_out = sn_out_a & sn_out_b;
  
   

endmodule // prg_6b_min

module prg_8b_min (
	clk,
    rst,
    en,
    bin_in_a,
    bin_in_b,
    sn_out,
    ctr_overflow  
);

   input       clk,rst,en;
   input [7:0] bin_in_a,bin_in_b;
   output      sn_out,ctr_overflow;

   wire        sn_out_a,sn_out_b;
   
   
   



prg_8b_dual     prg_ab (.clk(clk),.rst(rst),.en(en), 
                        .bin_in_a(bin_in_a),
                        .bin_in_b(bin_in_b),
                        .sn_out_a(sn_out_a),
                        .sn_out_b(sn_out_b),
                        .ctr_overflow(ctr_overflow));
   
//dsc_min       min_gate (.a(sn_out_a), .b(sn_out_b), .y(sn_out));
   assign sn_out = sn_out_a & sn_out_b;
  
   

endmodule // prg_8b_min

module prg_10b_min (
	clk,
    rst,
    en,
    bin_in_a,
    bin_in_b,
    sn_out,
    ctr_overflow  
);

   input       clk,rst,en;
   input [9:0] bin_in_a,bin_in_b;
   output      sn_out,ctr_overflow;

   wire        sn_out_a,sn_out_b;
   
   
   



prg_10b_dual     prg_ab (.clk(clk),.rst(rst),.en(en), 
                        .bin_in_a(bin_in_a),
                        .bin_in_b(bin_in_b),
                        .sn_out_a(sn_out_a),
                        .sn_out_b(sn_out_b),
                        .ctr_overflow(ctr_overflow));
   
//dsc_min       min_gate (.a(sn_out_a), .b(sn_out_b), .y(sn_out));
   assign sn_out = sn_out_a & sn_out_b;
  
   

endmodule // prg_10b_min


module prg_4b_by2 (
	clk,
    rst,
    en,
    bin_in,
    sn_out0,
    sn_out1,
    ctr_overflow  
);

   input       clk,rst,en;
   input [3:0] bin_in;
   output      sn_out0,sn_out1,ctr_overflow;

   wire [3:0]  ctr4_out,ctr4_out_plus1;
   
   

counter_by2 #(
   .WIDTH (4)
) ctr4 (
  .clk(clk),
  .rst(rst),
  .en(en),
  .out(ctr4_out),
  .overflow(ctr_overflow)
);

assign ctr4_out_plus1 = ctr4_out + 1;
   


comp_4b     comp4_0 (.a(bin_in), .b(ctr4_out),       .a_gt_b(sn_out0));
comp_4b     comp4_1 (.a(bin_in), .b(ctr4_out_plus1), .a_gt_b(sn_out1));
   

endmodule // prg_4b_by2




module det_stoch_mul (
	a,
    b,
    y
);

   input a,b;
   output y;

   assign y = a & b;

endmodule // det_stoch_mul

module dsc_min (
	a,
    b,
    y
);

   input a,b;
   output y;

   assign y = a & b;

endmodule // dsc_min


module dsc_max (
	a,
    b,
    y
);

   input a,b;
   output y;

   assign y = a | b;

endmodule // dsc_min


module par_sr_mul #(
    //Top level block parameters
    parameter WIDTH = 16
) (           
	a,
    b,
    y
);

   input  [WIDTH-1:0] a,b;
   output [WIDTH-1:0] y;

   assign y = a & b;

endmodule // par_sr_mul

module par_mul_ms_4lane (           
	as0,
    as1,                        
    bs0,
    bs1,                                
    y
);

   input   as0,as1,bs0,bs1;
   output [3:0] y;

   assign y[0] = as0 & bs0;
   assign y[1] = as0 & bs1;
   assign y[2] = as1 & bs0;
   assign y[3] = as1 & bs1;
   

endmodule // par_mul_ms_4lane







module ctr_out_bank_16b (
	clk,
    rst,
    mul_in,
    bin_out
);

   input clk,rst;
   input [15:0] mul_in;
   output [7:0] bin_out;
   
   wire  [3:0] ctr0,ctr1,ctr2,ctr3,ctr4,ctr5,ctr6,ctr7,ctr8,ctr9,ctr10,ctr11,ctr12,ctr13,ctr14,ctr15;

   wire [15:0]  unused;
   
   
   counter #( .WIDTH (4) )
   stoch2bin_0 (
   .clk(clk),
   .rst(rst),
   .en(mul_in[0]),
   .out(ctr0),
   .overflow(unused[0])
   );

   counter #( .WIDTH (4) )
   stoch2bin_1 (
   .clk(clk),
   .rst(rst),
   .en(mul_in[1]),
   .out(ctr1),
   .overflow(unused[1])
   );


   counter #( .WIDTH (4) )
   stoch2bin_2 (
   .clk(clk),
   .rst(rst),
   .en(mul_in[2]),
   .out(ctr2),
   .overflow(unused[2])
   );

   counter #( .WIDTH (4) )
   stoch2bin_3 (
   .clk(clk),
   .rst(rst),
   .en(mul_in[3]),
   .out(ctr3),
   .overflow(unused[3])
   );

   counter #( .WIDTH (4) )
   stoch2bin_4 (
   .clk(clk),
   .rst(rst),
   .en(mul_in[4]),
   .out(ctr4),
   .overflow(unused[4])
   );

   counter #( .WIDTH (4) )
   stoch2bin_5 (
   .clk(clk),
   .rst(rst),
   .en(mul_in[5]),
   .out(ctr5),
   .overflow(unused[5])
   );

   counter #( .WIDTH (4) )
   stoch2bin_6 (
   .clk(clk),
   .rst(rst),
   .en(mul_in[6]),
   .out(ctr6),
   .overflow(unused[6])
   );

   counter #( .WIDTH (4) )
   stoch2bin_7 (
   .clk(clk),
   .rst(rst),
   .en(mul_in[7]),
   .out(ctr7),
   .overflow(unused[7])
   );
 
   counter #( .WIDTH (4) )
   stoch2bin_8 (
   .clk(clk),
   .rst(rst),
   .en(mul_in[8]),
   .out(ctr8),
   .overflow(unused[8])
   );

   counter #( .WIDTH (4) )
   stoch2bin_9 (
   .clk(clk),
   .rst(rst),
   .en(mul_in[9]),
   .out(ctr9),
   .overflow(unused[9])
   );

   counter #( .WIDTH (4) )
   stoch2bin_10 (
   .clk(clk),
   .rst(rst),
   .en(mul_in[10]),
   .out(ctr10),
   .overflow(unused[10])
   );

   counter #( .WIDTH (4) )
   stoch2bin_11 (
   .clk(clk),
   .rst(rst),
   .en(mul_in[11]),
   .out(ctr11),
   .overflow(unused[11])
   );

   counter #( .WIDTH (4) )
   stoch2bin_12 (
   .clk(clk),
   .rst(rst),
   .en(mul_in[12]),
   .out(ctr12),
   .overflow(unused[12])
   );

   counter #( .WIDTH (4) )
   stoch2bin_13 (
   .clk(clk),
   .rst(rst),
   .en(mul_in[13]),
   .out(ctr13),
   .overflow(unused[13])
   );

   counter #( .WIDTH (4) )
   stoch2bin_14 (
   .clk(clk),
   .rst(rst),
   .en(mul_in[14]),
   .out(ctr14),
   .overflow(unused[14])
   );

   counter #( .WIDTH (4) )
   stoch2bin_15 (
   .clk(clk),
   .rst(rst),
   .en(mul_in[15]),
   .out(ctr15),
   .overflow(unused[15])
   );

   assign bin_out = ctr0 + ctr1 + ctr2 + ctr3 + ctr4 + ctr5 + ctr6 + ctr7 + ctr8 + ctr9 + ctr10 + ctr11 + ctr12 + ctr13 + ctr14 + ctr15;
   

       

endmodule // ctr_out_bank_16b


module FA (
  a,
  b,
  cin,
  s,
  cout
);
   input a,b,cin;
   output s,cout;

   wire   xor_int, and0_int, and1_int;

   assign xor_int = a ^ b;
   assign and0_int = xor_int & cin;
   assign and1_int = a & b;
   
   

   assign s = xor_int^cin;
   assign cout = and0_int | and1_int;
   

endmodule // FA

module HA (
  a,
  b,
  s,
  cout
);

   input a,b;
   output s,cout;

   assign s = a ^ b;
   assign cout = a & b;
   

endmodule // HA

module par_ctr_4b (
  a,
  y
);

   input  [3:0] a;
   output [2:0] y;

   wire         w1,w2,ha0_cout;

   FA fa0 (.a(a[1]),.b(a[2]),.cin(a[3]),.s(w1),.cout(w2));

   HA ha0 (.a(a[0]),.b(w1),.s(y[0]),.cout(ha0_cout));

   HA ha1 (.a(ha0_cout),.b(w2),.s(y[1]),.cout(y[2]));
   
   
   
endmodule // par_ctr_4b

 
module counter_input #(
    //Top level block parameters
    parameter CTR_WIDTH = 4,
    parameter INPUT_WIDTH = 4
) (
	out,
    data_in,
	clk,
    en,
	rst,
    overflow
);

   

//Output ports
output reg [CTR_WIDTH-1:0] out;
output reg          overflow;
   

//Input ports
input clk;
input rst;
input en;
input [INPUT_WIDTH-1:0] data_in;
   
   



always @(posedge clk or posedge rst) begin
  if (rst) begin
    out <= 0;
    overflow <= 0;
  end else if (en) begin
    out <= out + data_in;
    //overflow <= (out == 2 ** WIDTH -1);  
    overflow <= &out;
     
  end
end
endmodule // counter_input


         
module par_accum_4b_4lanes (
  clk,
  rst,
  data_in,
  bin_out,
  overflow                     
);

   input clk, rst;
   input [3:0] data_in;
   output [7:0] bin_out;
   output       overflow;
   

   wire [2:0]   par_acc_int;

   wire         ctr_en;

   

   par_ctr_4b par_ctr (
     .a(data_in),
     .y(par_acc_int)                   
   );

   //any of the bits of accumulator being 1 will trigger increment
   assign ctr_en = |par_acc_int;
   

   counter_input #(.CTR_WIDTH(8), .INPUT_WIDTH(3))
   stoch2bin_out(
     .clk(clk),
     .rst(rst),
     .en(ctr_en),  
     .data_in(par_acc_int),
     .out(bin_out),
     .overflow(overflow)          
     );
   
   
   

endmodule // par_accum_4b_4lanes